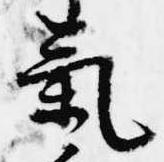
気